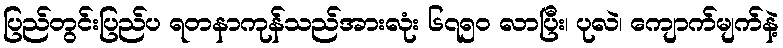
ပြည်တွင်းပြည်ပ ရတနာကုန်သည်အားလုံး ၆၇၅ဝ လာပြီး၊ ပုလဲ၊ ကျောက်မျက်နဲ့